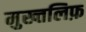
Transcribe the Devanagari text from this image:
मुख्तलिफ़